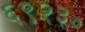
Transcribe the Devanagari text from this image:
६९२३०